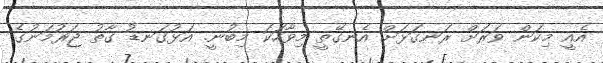
އެއީ މިކަން ވަރަށް ރަނގަޅަށް އެނގޭތީ މިވާހަކަ މިބުނީ. އަޅުގަނޑު ގާތު ޖަރުމަނުގެ